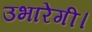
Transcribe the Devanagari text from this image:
उभारेगी।